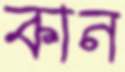
কান